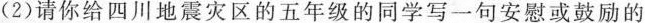
(2)请你给四川地震灾区的五年级的同学写一句安慰或鼓励的